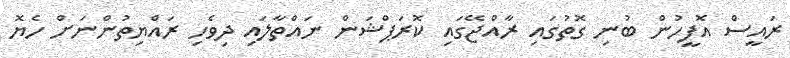
ރައީސް އޮފީހުން ބުނި ގޮތުގައި ރާއްޖޭގައި ކޮރަޕްޝަން ނައްތާލައި ދިވެހި ރައްޔިތުންނަށް ހެޔޮ